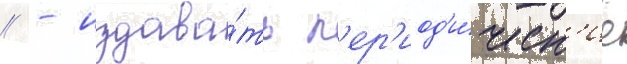
// - издава́ть п'ер'иод'и́ческ'ие